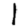
Digit: 1